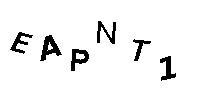
EAPNT1